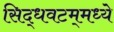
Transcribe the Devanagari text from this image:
सिद्धवटम्‌मध्ये